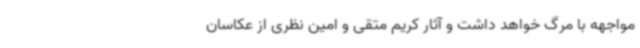
مواجهه با مرگ خواهد داشت و آثار کریم‌ متقی و امین نظری از عکاسان